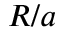
R / a